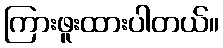
ကြားဖူးထားပါတယ်။